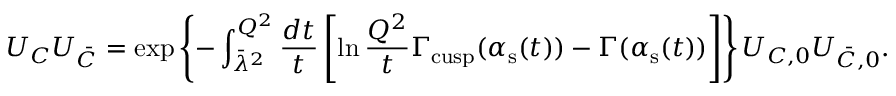
U _ { C } U _ { \bar { C } } = \exp \left\{ - \int _ { \bar { \lambda } ^ { 2 } } ^ { Q ^ { 2 } } \frac { d t } { t } \left[ \ln { \frac { Q ^ { 2 } } { t } } \Gamma _ { \mathrm { c u s p } } ( \alpha _ { \mathrm { s } } ( t ) ) - \Gamma ( \alpha _ { \mathrm { s } } ( t ) ) \right] \right\} U _ { C , 0 } U _ { \bar { C } , 0 } .